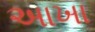
અાખા